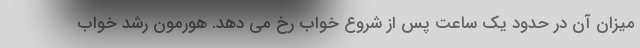
میزان آن در حدود یک ساعت پس از شروع خواب رخ می دهد. هورمون رشد خواب